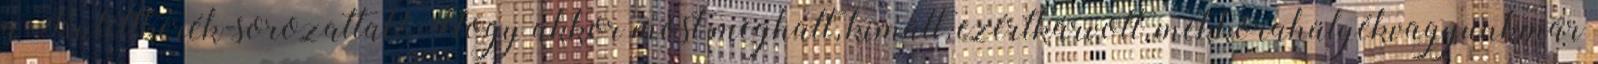
a Rulettkerék-sorozattal? Hogy akkor most meghalt, kimúlt, ezértkárvolt, mekkorahülyékvagyunkmár